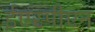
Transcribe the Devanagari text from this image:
ईएस्पीएन